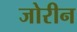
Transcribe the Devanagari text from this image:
जोरीन